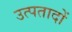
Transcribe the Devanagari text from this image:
उत्पतादों